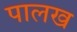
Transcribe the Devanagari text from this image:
पालख